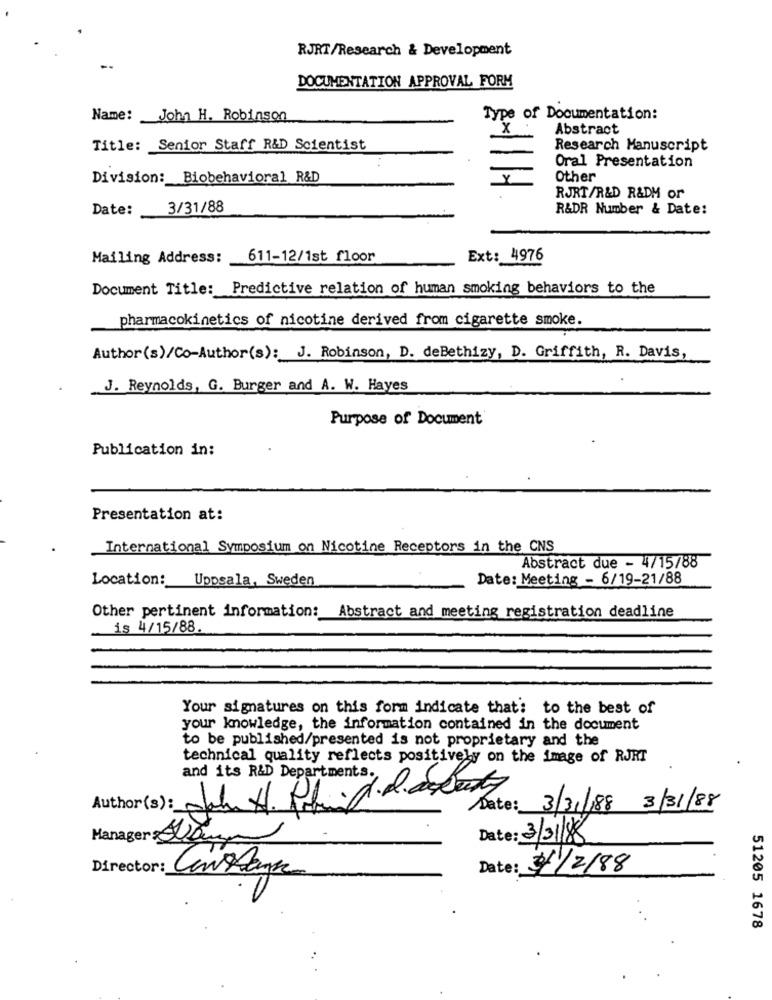
RJRT/Research & Development
DOCUMENTATION APPROVAL FORM
Name: John H. Robinson
Type of Documentation:
X
Abstract
Title: Senior Staff R&D Scientist
Research Manuscript
Oral Presentation
Division: Biobehavioral R&D
Other
RJRT/R&D R&DM or
Date:
3/31/88
R&DR Number & Date:
Mailing Address:
611-12/1st floor
Ext: 4976
Document Title: Predictive relation of human smoking behaviors to the
pharmacokinetics of nicotine derived from cigarette smoke.
Author(s)/Co-Author(s): J. Robinson, D. deBethizy, D. Griffith, R. Davis,
J. Reynolds, G. Burger and A. W. Hayes
Purpose of Document
Publication in:
Presentation at:
International Symposium on Nicotine Receptors in the CNS
Abstract due - 4/15/88
Location: Uppsala, Sweden
Date: Meeting - 6/19-21/88
Other pertinent information: Abstract and meeting registration deadline
is 4/15/88.
Your signatures on this form indicate that: to the best of
your knowledge, the information contained in the document
to be published/presented is not proprietary and the
technical quality reflects positively on the image of RJRT
and its R&D Departments .,
Author(s): John H. Rabid daswendy
Date: 3/31/188 3/31/88
Manager : Damm
Date: 3/31/88
Director:
awayk
Date: 11/2/88
51205 1678